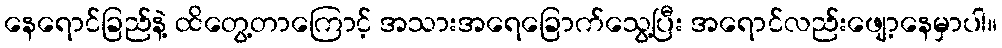
နေရောင်ခြည်နဲ့ ထိတွေ့တာကြောင့် အသားအရေခြောက်သွေ့ပြီး အရောင်လည်းဖျော့နေမှာပါ။